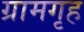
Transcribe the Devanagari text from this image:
ग्रामगृह